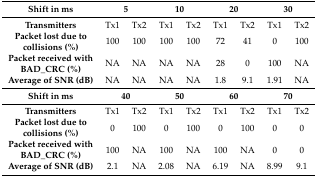
| Shift in ms | <COLSPAN=2> 5 | <COLSPAN=2> 10 | <COLSPAN=2> 20 | <COLSPAN=2> 30 |
 | --- | --- | --- | --- | --- | --- | --- | --- | --- |
 | Transmitters | Tx1 | Tx2 | Tx1 | Tx2 | Tx1 | Tx2 | Tx1 | Tx2 |
 | Packet lost due tocollisions (%) | 100 | 100 | 100 | 100 | 72 | 41 | 0 | 100 |
 | Packet received withBAD_CRC (%) | NA | NA | NA | NA | 28 | 0 | 100 | NA |
 | Average of SNR (dB) | NA | NA | NA | NA | 1.8 | 9.1 | 1.91 | NA |
 | Shift in ms | <COLSPAN=2> 40 | <COLSPAN=2> 50 | <COLSPAN=2> 60 | <COLSPAN=2> 70 |
 | Transmitters | Tx1 | Tx2 | Tx1 | Tx2 | Tx1 | Tx2 | Tx1 | Tx2 |
 | Packet lost due tocollisions (%) | 0 | 100 | 0 | 100 | 0 | 100 | 0 | 0 |
 | Packet received withBAD_CRC (%) | 100 | NA | 100 | NA | 100 | NA | 0 | 0 |
 | Average of SNR (dB) | 2.1 | NA | 2.08 | NA | 6.19 | NA | 8.99 | 9.1 |